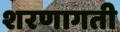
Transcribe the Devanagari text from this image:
शरणागती